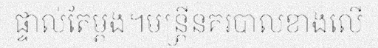
ផ្ទាល់តែម្តង។មន្ត្រីនគរបាលខាងលើ